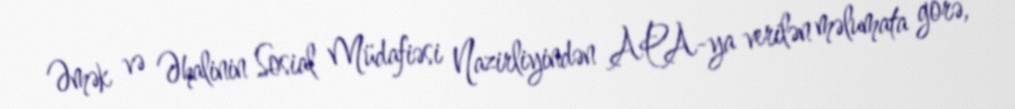
Əmək və Əhalinin Sosial Müdafiəsi Nazirliyindən APA-ya verilən məlumata görə,